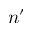
n ^ { \prime }